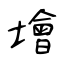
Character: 𡑭